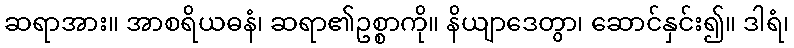
ဆရာအား။ အာစရိယဓနံ၊ ဆရာ၏ဥစ္စာကို။ နိယျာဒေတွာ၊ ဆောင်နှင်း၍။ ဒါရံ၊